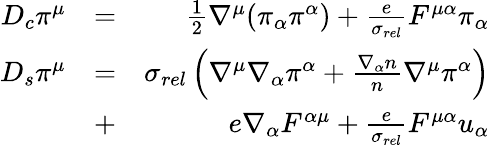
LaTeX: \begin{array}{rlr}{D_{c}\pi^{\mu}}&{=}&{\frac{1}{2}\nabla^{\mu}(\pi_{\alpha}\pi^{\alpha})+\frac{e}{\sigma_{rel}}F^{\mu\alpha}\pi_{\alpha}}\\ {D_{s}\pi^{\mu}}&{=}&{\sigma_{rel}\left(\nabla^{\mu}\nabla_{\alpha}\pi^{\alpha}+\frac{\nabla_{\alpha}n}{n}\nabla^{\mu}\pi^{\alpha}\right)}\\ &{+}&{e\nabla_{\alpha}F^{\alpha\mu}+\frac{e}{\sigma_{rel}}F^{\mu\alpha}u_{\alpha}}\end{array}